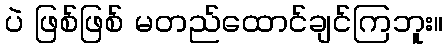
ပဲ ဖြစ်ဖြစ် မတည်ထောင်ချင်ကြဘူး။